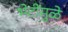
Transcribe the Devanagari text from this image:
भेटींमुळे